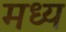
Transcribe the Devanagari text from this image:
मध्य